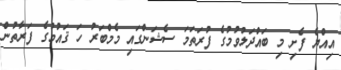
އިއްޔެ ފެށި މި ބައްދަލުވުމުގެ ފުރަތަމަ ސެޝަންގައި މެމްބަރު ހަ ޤައުމުގެ ފަރާތުން